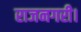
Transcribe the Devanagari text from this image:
राजनगरी।